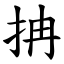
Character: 抩